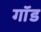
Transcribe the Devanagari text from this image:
गाॅड